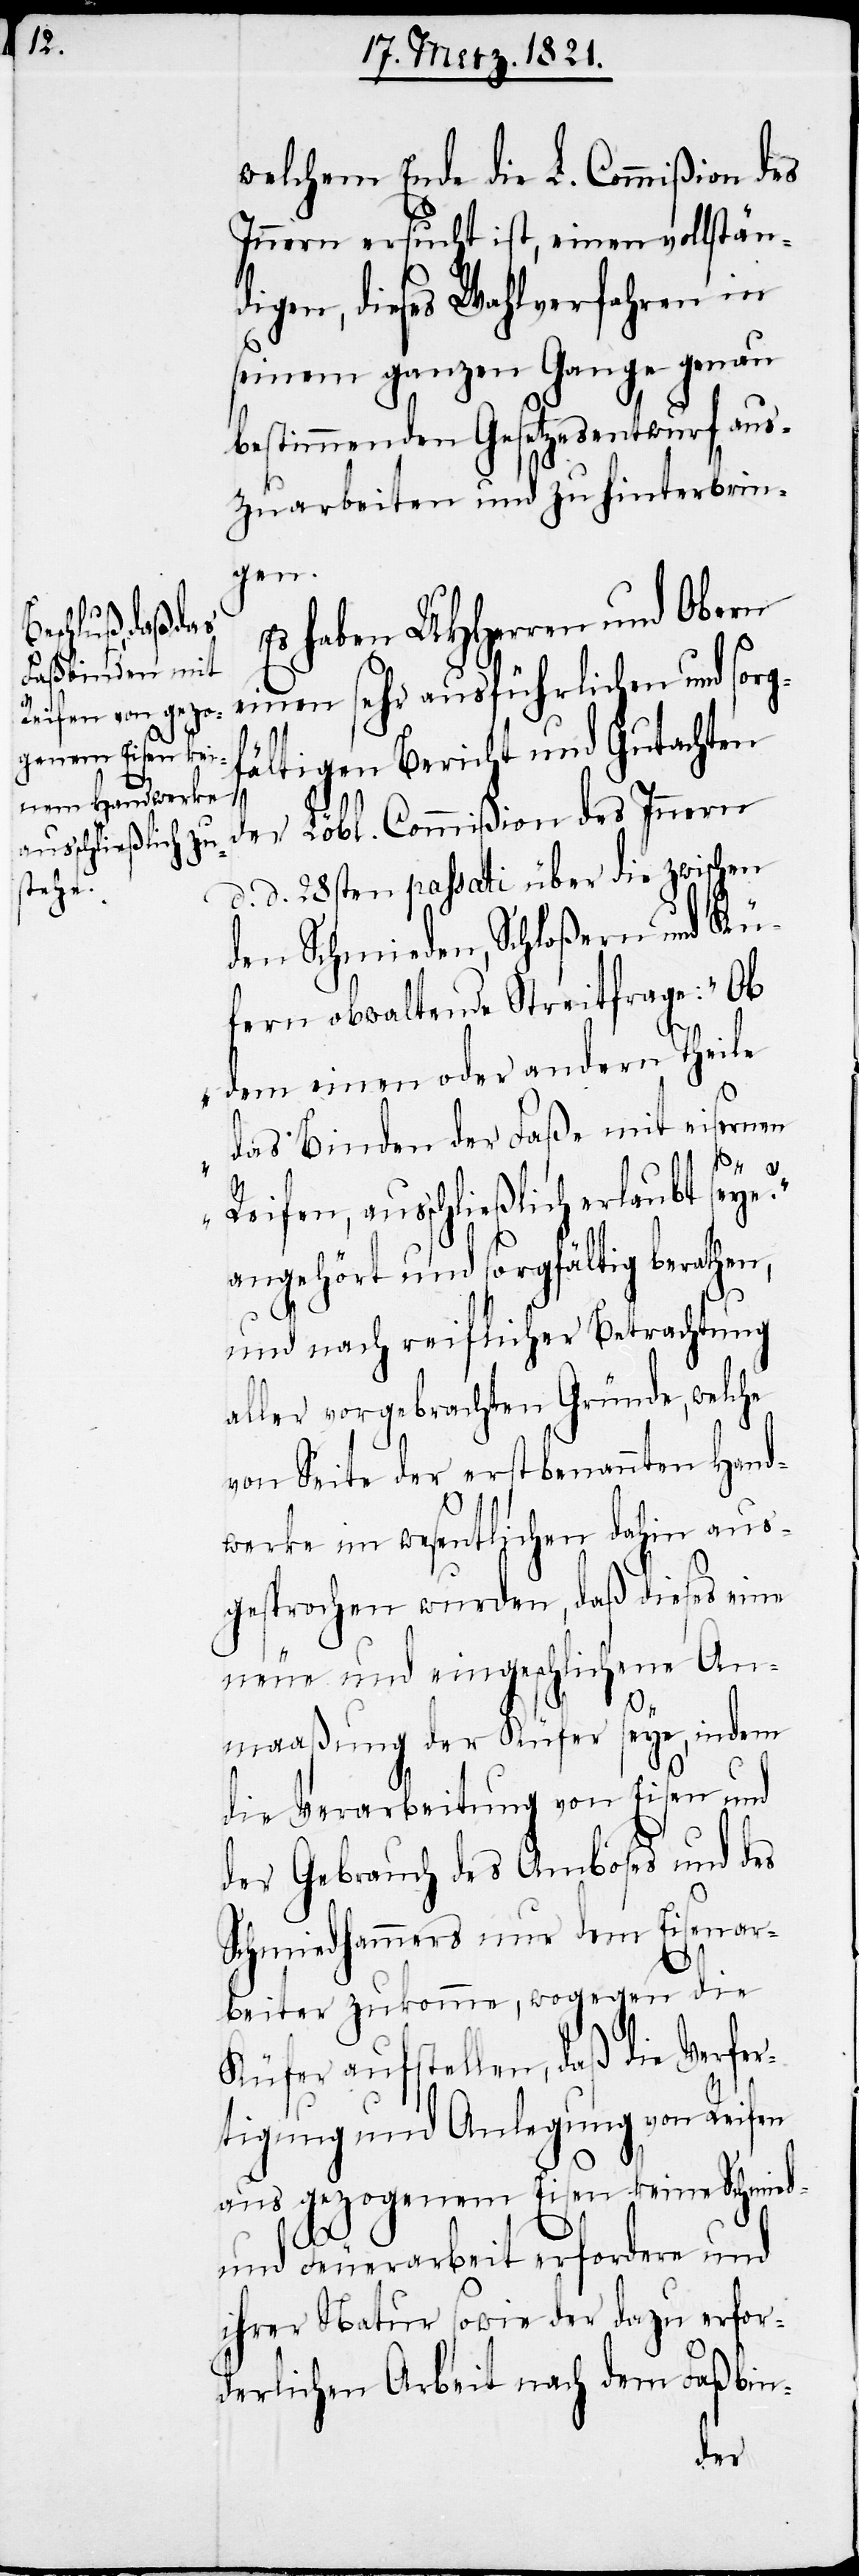
welchem Ende die L. Commißion des
Innern ersucht ist, einen vollstän¬
digen, dieses Wahlverfahren in
seinem ganzen Gange genau
bestimmenden Gesetzesentwurf aus¬
zuarbeiten und zu hinterbrin¬
gen.
Es haben UHHerren und Obern
einen sehr ausführlichen und sorg¬
fältigen Bericht und Gutachten
der Löbl. Commißion des Innern
ausschließlich
d. d. 28sten passati über die zwischen
seye?“
den Schmieden, Schloßern und Kü¬
fern obwaltende Streitfrage: „Ob
dem einen oder andern Theile
das Binden der Faße mit eisernen
angehört und sorgfältig berathen,
und nach reiflicher Berathung
aller vorgebrachten Gründe, welche
von Seite der erstbenannten Hand¬
werke im wesentlichen dahin aus¬
gesprochen wurden, daß dieses eine
neue und eingeschlichene An¬
maaßung der Küfer seye, indem
die Verarbeitung von Eisen und
der Gebrauch des Amboses und des
Schmiedhammers nur dem Eisenar¬
beiter zukommt, wogegen die
Küfer aufstellen, daß die Verfer¬
tigung und Anlegung von Reifen
aus gezogenem Eisen keine Schmied-
und Feuerarbeit erfordere und
ihrer Natur sowie der dazu erfor¬
derlichen Arbeit nach dem Faßbin-